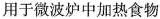
用于微波炉中加热食物